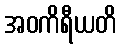
အဝကိရီယတိ